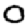
Digit: 0